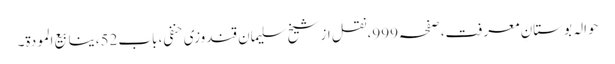
حوالہ بوستانِ معرفت،صفحہ999،نقل از شیخ سلیمان قندوزی حنفی، باب52،ینابیع المودة۔